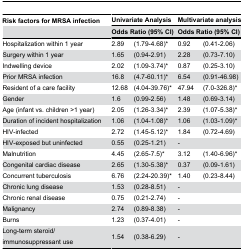
<table><thead><tr><td><b>Risk factors for MRSA infection</b></td><td colspan="2"><b>Univariate Analysis</b></td><td colspan="2"><b>Multivariate analysis</b></td></tr><tr><td>[EMPTY_CELL]</td><td colspan="2"><b>Odds Ratio (95% CI)</b></td><td colspan="2"><b>Odds Ratio (95% CI)</b></td></tr></thead><tbody><tr><td>Hospitalization within 1 year</td><td>2.89</td><td>(1.79-4.68)*</td><td>0.92</td><td>(0.41-2.06)</td></tr><tr><td>Surgery within 1 year</td><td>1.65</td><td>(0.94-2.91)</td><td>2.28</td><td>(0.73-7.10)</td></tr><tr><td>Indwelling device</td><td>2.02</td><td>(1.09-3.74)*</td><td>0.87</td><td>(0.25-3.10)</td></tr><tr><td>Prior MRSA infection</td><td>16.8</td><td>(4.7-60.11)*</td><td>6.54</td><td>(0.91-46.98)</td></tr><tr><td>Resident of a care facility</td><td>12.68</td><td>(4.04-39.76)*</td><td>47.94</td><td>(7.0-326.8)*</td></tr><tr><td>Gender</td><td>1.6</td><td>(0.99-2.56)</td><td>1.48</td><td>(0.69-3.14)</td></tr><tr><td>Age (infant vs. children &gt;1 year)</td><td>2.05</td><td>(1.26-3.34)*</td><td>2.39</td><td>(1.07-5.38)*</td></tr><tr><td>Duration of incident hospitalization</td><td>1.06</td><td>(1.04-1.08)*</td><td>1.06</td><td>(1.03-1.09)*</td></tr><tr><td>HIV-infected</td><td>2.72</td><td>(1.45-5.12)*</td><td>1.84</td><td>(0.72-4.69)</td></tr><tr><td>HIV-exposed but uninfected</td><td>0.55</td><td>(0.25-1.21)</td><td>-</td><td>[EMPTY_CELL]</td></tr><tr><td>Malnutrition</td><td>4.45</td><td>(2.65-7.5)*</td><td>3.12</td><td>(1.40-6.96)*</td></tr><tr><td>Congenital cardiac disease</td><td>2.65</td><td>(1.30-5.38)*</td><td>0.37</td><td>(0.09-1.61)</td></tr><tr><td>Concurrent tuberculosis</td><td>6.76</td><td>(2.24-20.39)*</td><td>1.40</td><td>(0.23-8.44)</td></tr><tr><td>Chronic lung disease</td><td>1.53</td><td>(0.28-8.51)</td><td>-</td><td>[EMPTY_CELL]</td></tr><tr><td>Chronic renal disease</td><td>0.75</td><td>(0.21-2.74)</td><td>-</td><td>[EMPTY_CELL]</td></tr><tr><td>Malignancy</td><td>2.74</td><td>(0.89-8.38)</td><td>-</td><td>[EMPTY_CELL]</td></tr><tr><td>Burns</td><td>1.23</td><td>(0.37-4.01)</td><td>-</td><td>[EMPTY_CELL]</td></tr><tr><td>Long-term steroid/immunosuppressant use</td><td>1.54</td><td>(0.38-6.29)</td><td>-</td><td>[EMPTY_CELL]</td></tr></tbody></table>